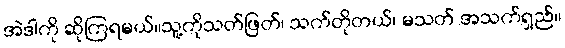
အဲဒါကို ဆိုကြရမယ်။သူ့ကိုသတ်ဖြတ်၊ သက်တိုတယ်၊ မသတ် အသက်ရှည်။